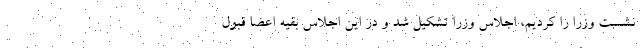
نشست وزرا را کردیم، اجلاس وزرا تشکیل شد و در این اجلاس بقیه اعضا قبول